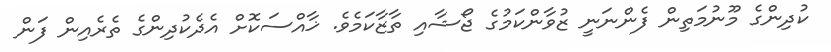
ކުދިންގެ މޫނުމަތިން ފެންނަނީ ޒުވާންކަމުގެ ޖޯޝާއި ތާޒާކަމެވެ. ޚާއްސަކޮށް އެދެކުދިންގެ ތެރެއިން ފަން